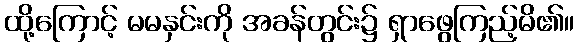
ထို့ကြောင့် မမနှင်းကို အခန်တွင်း၌ ရှာဖွေကြည့်မိ၏။